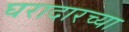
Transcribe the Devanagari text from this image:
घरादारच्या